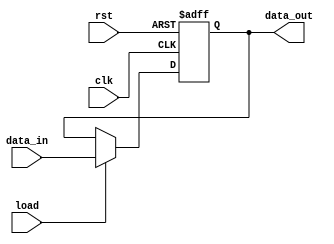
/*********************************************************
 *
 *  Module: MIE.v
 *  Project: Hunter_RV32
 *  Description: Register for MIE
 *
 *********************************************************/
`timescale 1ns/1ns

module MIE (    
    clk,
    rst,
    load,
    data_in, 
    data_out );

    input clk;
    input rst;
    input load;
    input   [3:0] data_in;
    output  reg [3:0] data_out;
    
    always @ (posedge clk or posedge rst) begin
    
        if(rst)
            data_out <= 4'd15;
        else if (load)
                data_out <= data_in;
            else 
                data_out <= data_out;
    end

endmodule